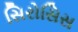
સિરોસિસ